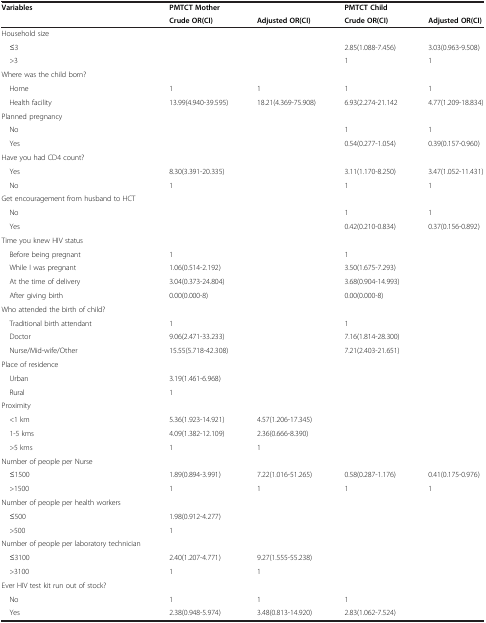
<table><thead><tr><td><b>Variables</b></td><td><b>PMTCT Mother</b></td><td><b> </b></td><td><b>PMTCT Child</b></td><td><b> </b></td></tr><tr><td><b> </b></td><td><b>Crude OR(CI)</b></td><td><b>Adjusted OR(CI)</b></td><td><b>Crude OR(CI)</b></td><td><b>Adjusted OR(CI)</b></td></tr></thead><tbody><tr><td>Household size</td><td> </td><td> </td><td> </td><td> </td></tr><tr><td> ≤3</td><td> </td><td> </td><td>2.85(1.088-7.456)</td><td>3.03(0.963-9.508)</td></tr><tr><td> &gt;3</td><td> </td><td> </td><td>1</td><td>1</td></tr><tr><td>Where was the child born?</td><td> </td><td> </td><td> </td><td> </td></tr><tr><td> Home</td><td>1</td><td>1</td><td>1</td><td>1</td></tr><tr><td> Health facility</td><td>13.99(4.940-39.595)</td><td>18.21(4.369-75.908)</td><td>6.93(2.274-21.142</td><td>4.77(1.209-18.834)</td></tr><tr><td>Planned pregnancy</td><td> </td><td> </td><td> </td><td> </td></tr><tr><td> No</td><td> </td><td> </td><td>1</td><td>1</td></tr><tr><td> Yes</td><td> </td><td> </td><td>0.54(0.277-1.054)</td><td>0.39(0.157-0.960)</td></tr><tr><td>Have you had CD4 count?</td><td> </td><td> </td><td> </td><td> </td></tr><tr><td> Yes</td><td>8.30(3.391-20.335)</td><td> </td><td>3.11(1.170-8.250)</td><td>3.47(1.052-11.431)</td></tr><tr><td> No</td><td>1</td><td> </td><td>1</td><td>1</td></tr><tr><td>Get encouragement from husband to HCT</td><td> </td><td> </td><td> </td><td> </td></tr><tr><td> No</td><td> </td><td> </td><td>1</td><td>1</td></tr><tr><td> Yes</td><td> </td><td> </td><td>0.42(0.210-0.834)</td><td>0.37(0.156-0.892)</td></tr><tr><td>Time you knew HIV status</td><td> </td><td> </td><td> </td><td> </td></tr><tr><td> Before being pregnant</td><td>1</td><td> </td><td>1</td><td> </td></tr><tr><td> While I was pregnant</td><td>1.06(0.514-2.192)</td><td> </td><td>3.50(1.675-7.293)</td><td> </td></tr><tr><td> At the time of delivery</td><td>3.04(0.373-24.804)</td><td> </td><td>3.68(0.904-14.993)</td><td> </td></tr><tr><td> After giving birth</td><td>0.00(0.000-8)</td><td> </td><td>0.00(0.000-8)</td><td> </td></tr><tr><td>Who attended the birth of child?</td><td> </td><td> </td><td> </td><td> </td></tr><tr><td> Traditional birth attendant</td><td>1</td><td> </td><td>1</td><td> </td></tr><tr><td> Doctor</td><td>9.06(2.471-33.233)</td><td> </td><td>7.16(1.814-28.300)</td><td> </td></tr><tr><td> Nurse/Mid-wife/Other</td><td>15.55(5.718-42.308)</td><td> </td><td>7.21(2.403-21.651)</td><td> </td></tr><tr><td>Place of residence</td><td> </td><td> </td><td> </td><td> </td></tr><tr><td> Urban</td><td>3.19(1.461-6.968)</td><td> </td><td> </td><td> </td></tr><tr><td> Rural</td><td>1</td><td> </td><td> </td><td> </td></tr><tr><td>Proximity</td><td> </td><td> </td><td> </td><td> </td></tr><tr><td> &lt;1 km</td><td>5.36(1.923-14.921)</td><td>4.57(1.206-17.345)</td><td> </td><td> </td></tr><tr><td> 1-5 kms</td><td>4.09(1.382-12.109)</td><td>2.36(0.666-8.390)</td><td> </td><td> </td></tr><tr><td> &gt;5 kms</td><td>1</td><td>1</td><td> </td><td> </td></tr><tr><td>Number of people per Nurse</td><td> </td><td> </td><td> </td><td> </td></tr><tr><td> ≤1500</td><td>1.89(0.894-3.991)</td><td>7.22(1.016-51.265)</td><td>0.58(0.287-1.176)</td><td>0.41(0.175-0.976)</td></tr><tr><td> &gt;1500</td><td>1</td><td>1</td><td>1</td><td>1</td></tr><tr><td>Number of people per health workers</td><td> </td><td> </td><td> </td><td> </td></tr><tr><td> ≤500</td><td>1.98(0.912-4.277)</td><td> </td><td> </td><td> </td></tr><tr><td> &gt;500</td><td>1</td><td> </td><td> </td><td> </td></tr><tr><td>Number of people per laboratory technician</td><td> </td><td> </td><td> </td><td> </td></tr><tr><td> ≤3100</td><td>2.40(1.207-4.771)</td><td>9.27(1.555-55.238)</td><td> </td><td> </td></tr><tr><td> &gt;3100</td><td>1</td><td>1</td><td> </td><td> </td></tr><tr><td>Ever HIV test kit run out of stock?</td><td> </td><td> </td><td> </td><td> </td></tr><tr><td> No</td><td>1</td><td>1</td><td>1</td><td> </td></tr><tr><td> Yes</td><td>2.38(0.948-5.974)</td><td>3.48(0.813-14.920)</td><td>2.83(1.062-7.524)</td><td> </td></tr></tbody></table>